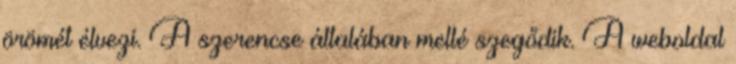
örömét élvezi. A szerencse általában mellé szegődik. A weboldal